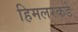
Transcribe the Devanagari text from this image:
हिमलरकडे